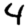
Digit: 4